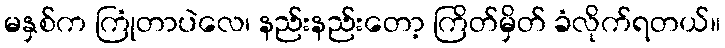
မနှစ်က ကြုံတာပဲလေ၊ နည်းနည်းတော့ ကြိတ်မှိတ် ခံလိုက်ရတယ်။